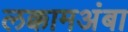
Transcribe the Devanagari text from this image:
लक्कामअंबा